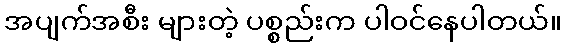
အပျက်အစီး များတဲ့ ပစ္စည်းက ပါဝင်နေပါတယ်။